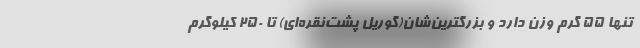
تنها ۵۵ گرم وزن دارد و بزرگترین‌شان(گوریل پشت‌نقره‌ای) تا ۲۵۰ کیلوگرم